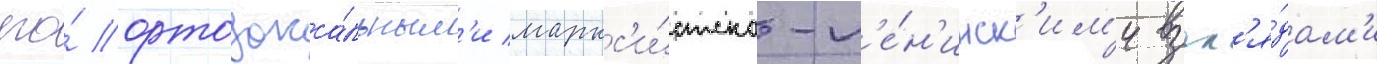
его́ ортодокса́льным'и маркс'и́стско-л'е́н'инск'им'и взгл'я́дам'и